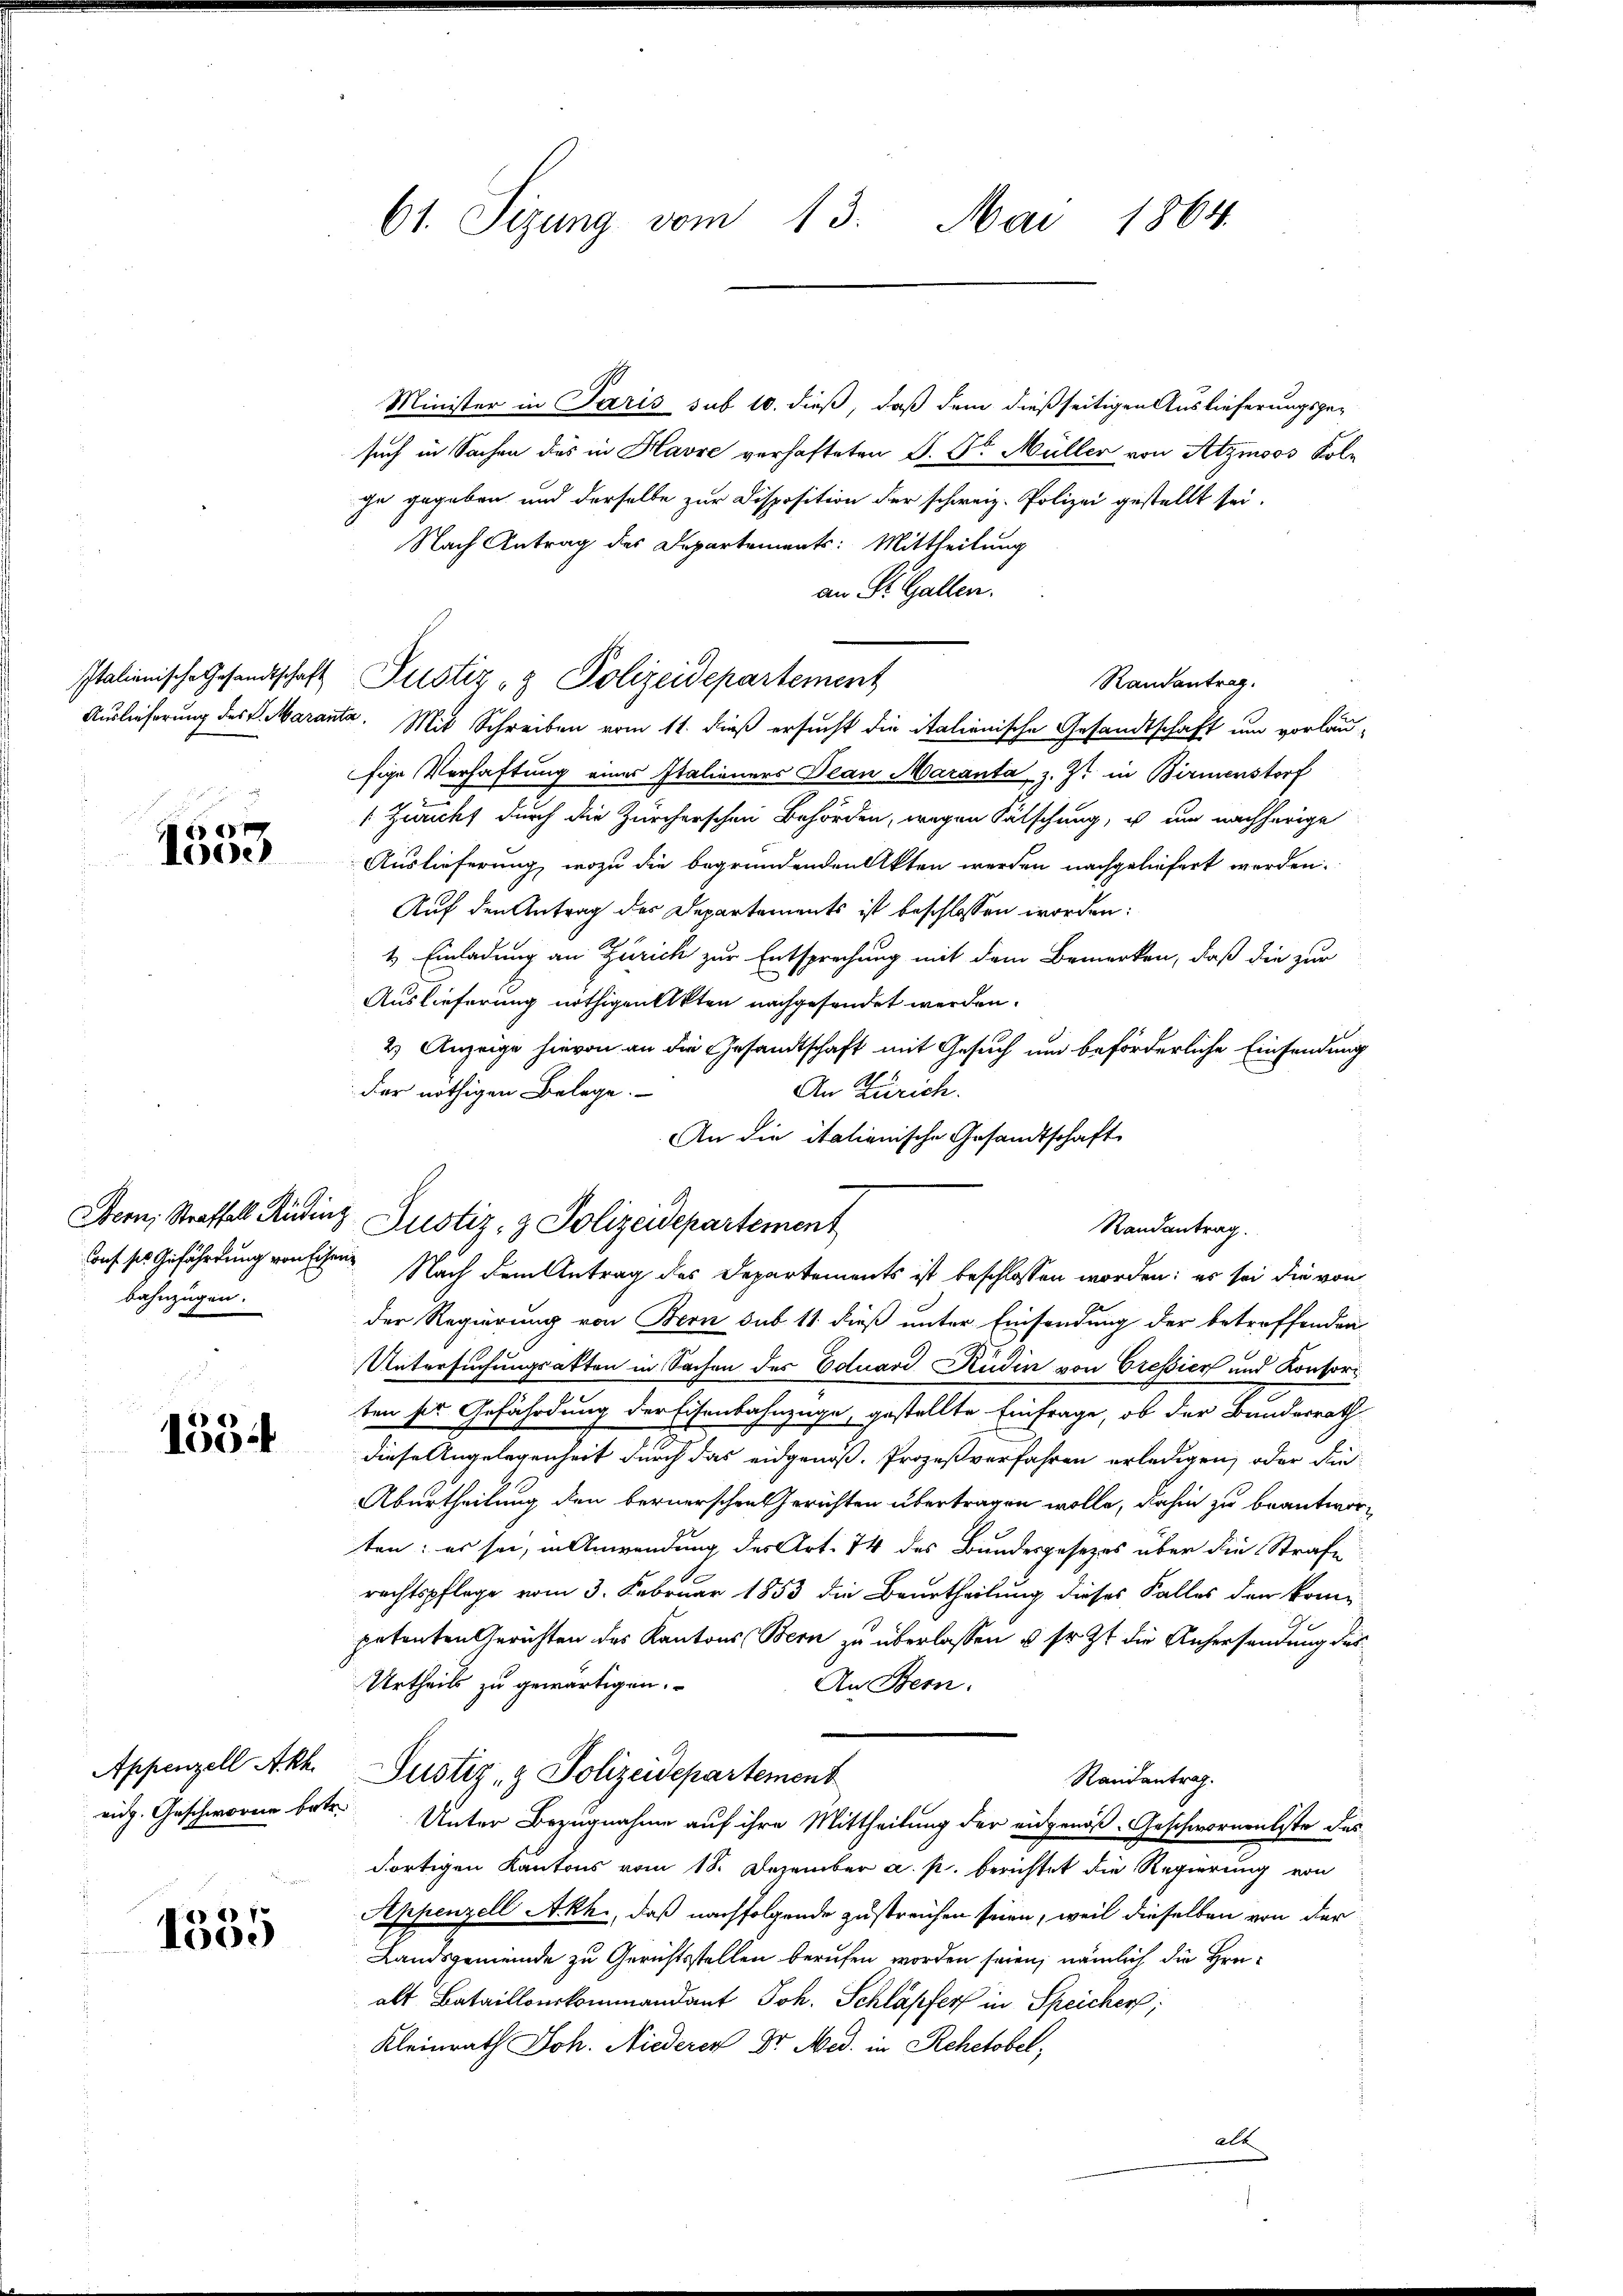
Italienische Gesandtschaft

x
Looe

bahnzügen.

1554

Appenzell Akh

e
1035

61. Sizung vom 13. Mai 1864.

Minister in Paris sub 10. dieß, daß dem dießseitigen Auslieferungsge-
such in Sachen des in Havre verhafteten S. Dr. Müller von Atzmoos Kole
che gegeben und derselbe zur Disposition der schweiz. Polizei gestellt sei.
Nach Antrag des Departements: Mittheilung
an St. Gallen.
Randantrag.
Auslieferung des L. Maranta. Mit Schreiben vom 11. dieß ersucht die italienische Gesandtschaft um vorläu-
fige Verhaftung eines Italieners Dean Maranta z. Z. in Birmenstorf
 Züricht durch die Zürcherschen Behörden, wegen Fälschung, u um nachherige
Auslieferung, wozu die begründenden Akten werden nachgeliefert werden.
Auf den Antrag des Departements ist beschlossen worden:
4. Einladung an Zürich zur Entsprechung mit dem Bemerken, daß die zur
Auslieferung nöthigen Akten nachgesendet werden.
2.) Anzeige hievon an die Gesandtschaft mit Gesuch um beförderliche Einsendung
der nöthigen Belege.
An Zürich.
An die italienische Gesandtschaft
Bern, Straffall Rüdinz Justiz- & Polizeidepartement
auf sie Gefährdung von sehen. Nach dem Antrag des Departements ist beschlossen worden: es sei die von
der Regierung von Bern sub 11 dieß unter Einsendung der betreffenden
Untersuchungsakten in Sachen des Eduard Küdin von Cressiert und Konsori
ten sie Gefährdung der Eisenbahnzüge, gestellte Einfrage, ob der Bundesrath
diese Angelegenheit durch das eidgenoß, Prozeßverfahren erledigen, oder die
Aburtheilung den bernerschen Gerichten übertragen wolle, dahin zu beantworten; es sei, in Anwendung des Art. 74 des Bundesgesezes über die Strafe
rechtspflege vom 3. Februar 1853 die Beurtheilung dieses Falles der kom
petenten Gerichten des Kantons Bern zu überlassen u. sr. Zt. die Anhersendung des
Urtheils zu gewärtigen.
An Bern.
Justiz- & Polizeidepartement
Randantrag.
eidg. Geschworne betr. Unter Bezugnahme auf ihre Mittheilung der eidgenöß-Geschwornenliste des
dortigen Kantons vom 18. Dezember a. p. berichtet die Regierung von
Appenzell Akh., daß nachfolgende zustreichen seien, weil dieselben von der
Landsgemeinde zu Gerichtsstellen berufen worden seien, nämlich die Hrn.
alt Bataillonskommandant Joh. Schläpfer in Speicher,
Kleinrath Joh. Niederer Dr. Med. in Rehetobel,
alt

Justiz- & Polizeidepartement

Randantrag.